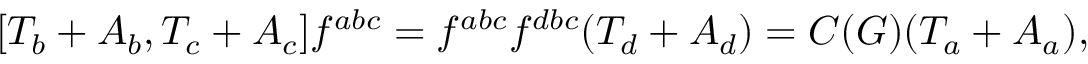
[ T _ { b } + A _ { b } , T _ { c } + A _ { c } ] f ^ { a b c } = f ^ { a b c } f ^ { d b c } ( T _ { d } + A _ { d } ) = C ( G ) ( T _ { a } + A _ { a } ) ,